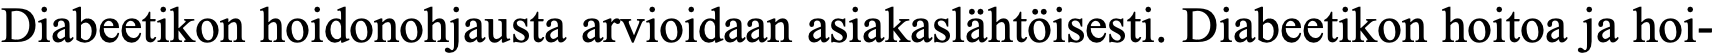
Diabeetikon hoidonohjausta arvioidaan asiakaslähtöisesti. Diabeetikon hoitoa ja hoi-